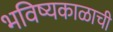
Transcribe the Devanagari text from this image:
भविष्यकाळाची